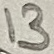
Text: 13